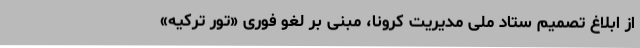
از ابلاغ تصمیم ستاد ملی مدیریت کرونا، مبنی بر لغو فوری «تور ترکیه»